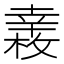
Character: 𢆧